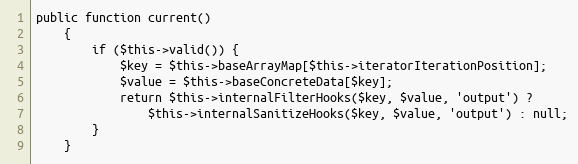
Language: PHP
public function current()
    {
        if ($this->valid()) {
            $key = $this->baseArrayMap[$this->iteratorIterationPosition];
            $value = $this->baseConcreteData[$key];
            return $this->internalFilterHooks($key, $value, 'output') ?
                $this->internalSanitizeHooks($key, $value, 'output') : null;
        }
    }